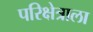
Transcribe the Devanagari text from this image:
परिक्षेत्राला